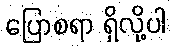
ပြောစရာ ရှိလို့ပါ